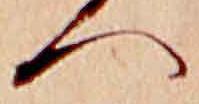
へ